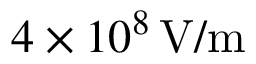
4 \times 1 0 ^ { 8 } \, \mathrm { V / m }